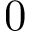
0